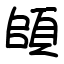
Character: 頧